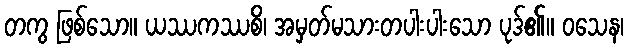
တကွ ဖြစ်သော။ ယဿကဿစိ၊ အမှတ်မသားတပါးပါးသော ပုဒ်၏။ ဝသေန၊